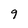
Character: 9